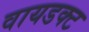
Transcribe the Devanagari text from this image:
वायडक्ट